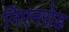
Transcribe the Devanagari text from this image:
निएनरोड